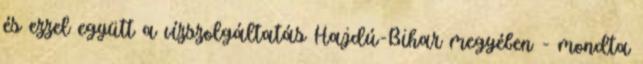
és ezzel együtt a vízszolgáltatás Hajdú-Bihar megyében - mondta